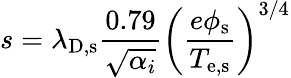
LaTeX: s=\lambda_{\mathrm{D,s}}\frac{0.79}{\sqrt{\alpha_{i}}}\left(\frac{e\phi_{\mathrm{s}}}{T_{\mathrm{e,s}}}\right)^{3/4}